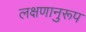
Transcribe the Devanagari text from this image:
लक्षणानुरूप